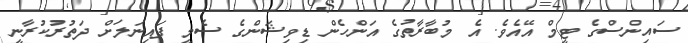
ސައިންސްގެ ޓީމް އޭއެވެ. އެ މުބާރާތުގެ އަންހެން ޑިވިޝަންގެ ސެމީ ފައިނަލަށް ދަތުރުކުރާނީ